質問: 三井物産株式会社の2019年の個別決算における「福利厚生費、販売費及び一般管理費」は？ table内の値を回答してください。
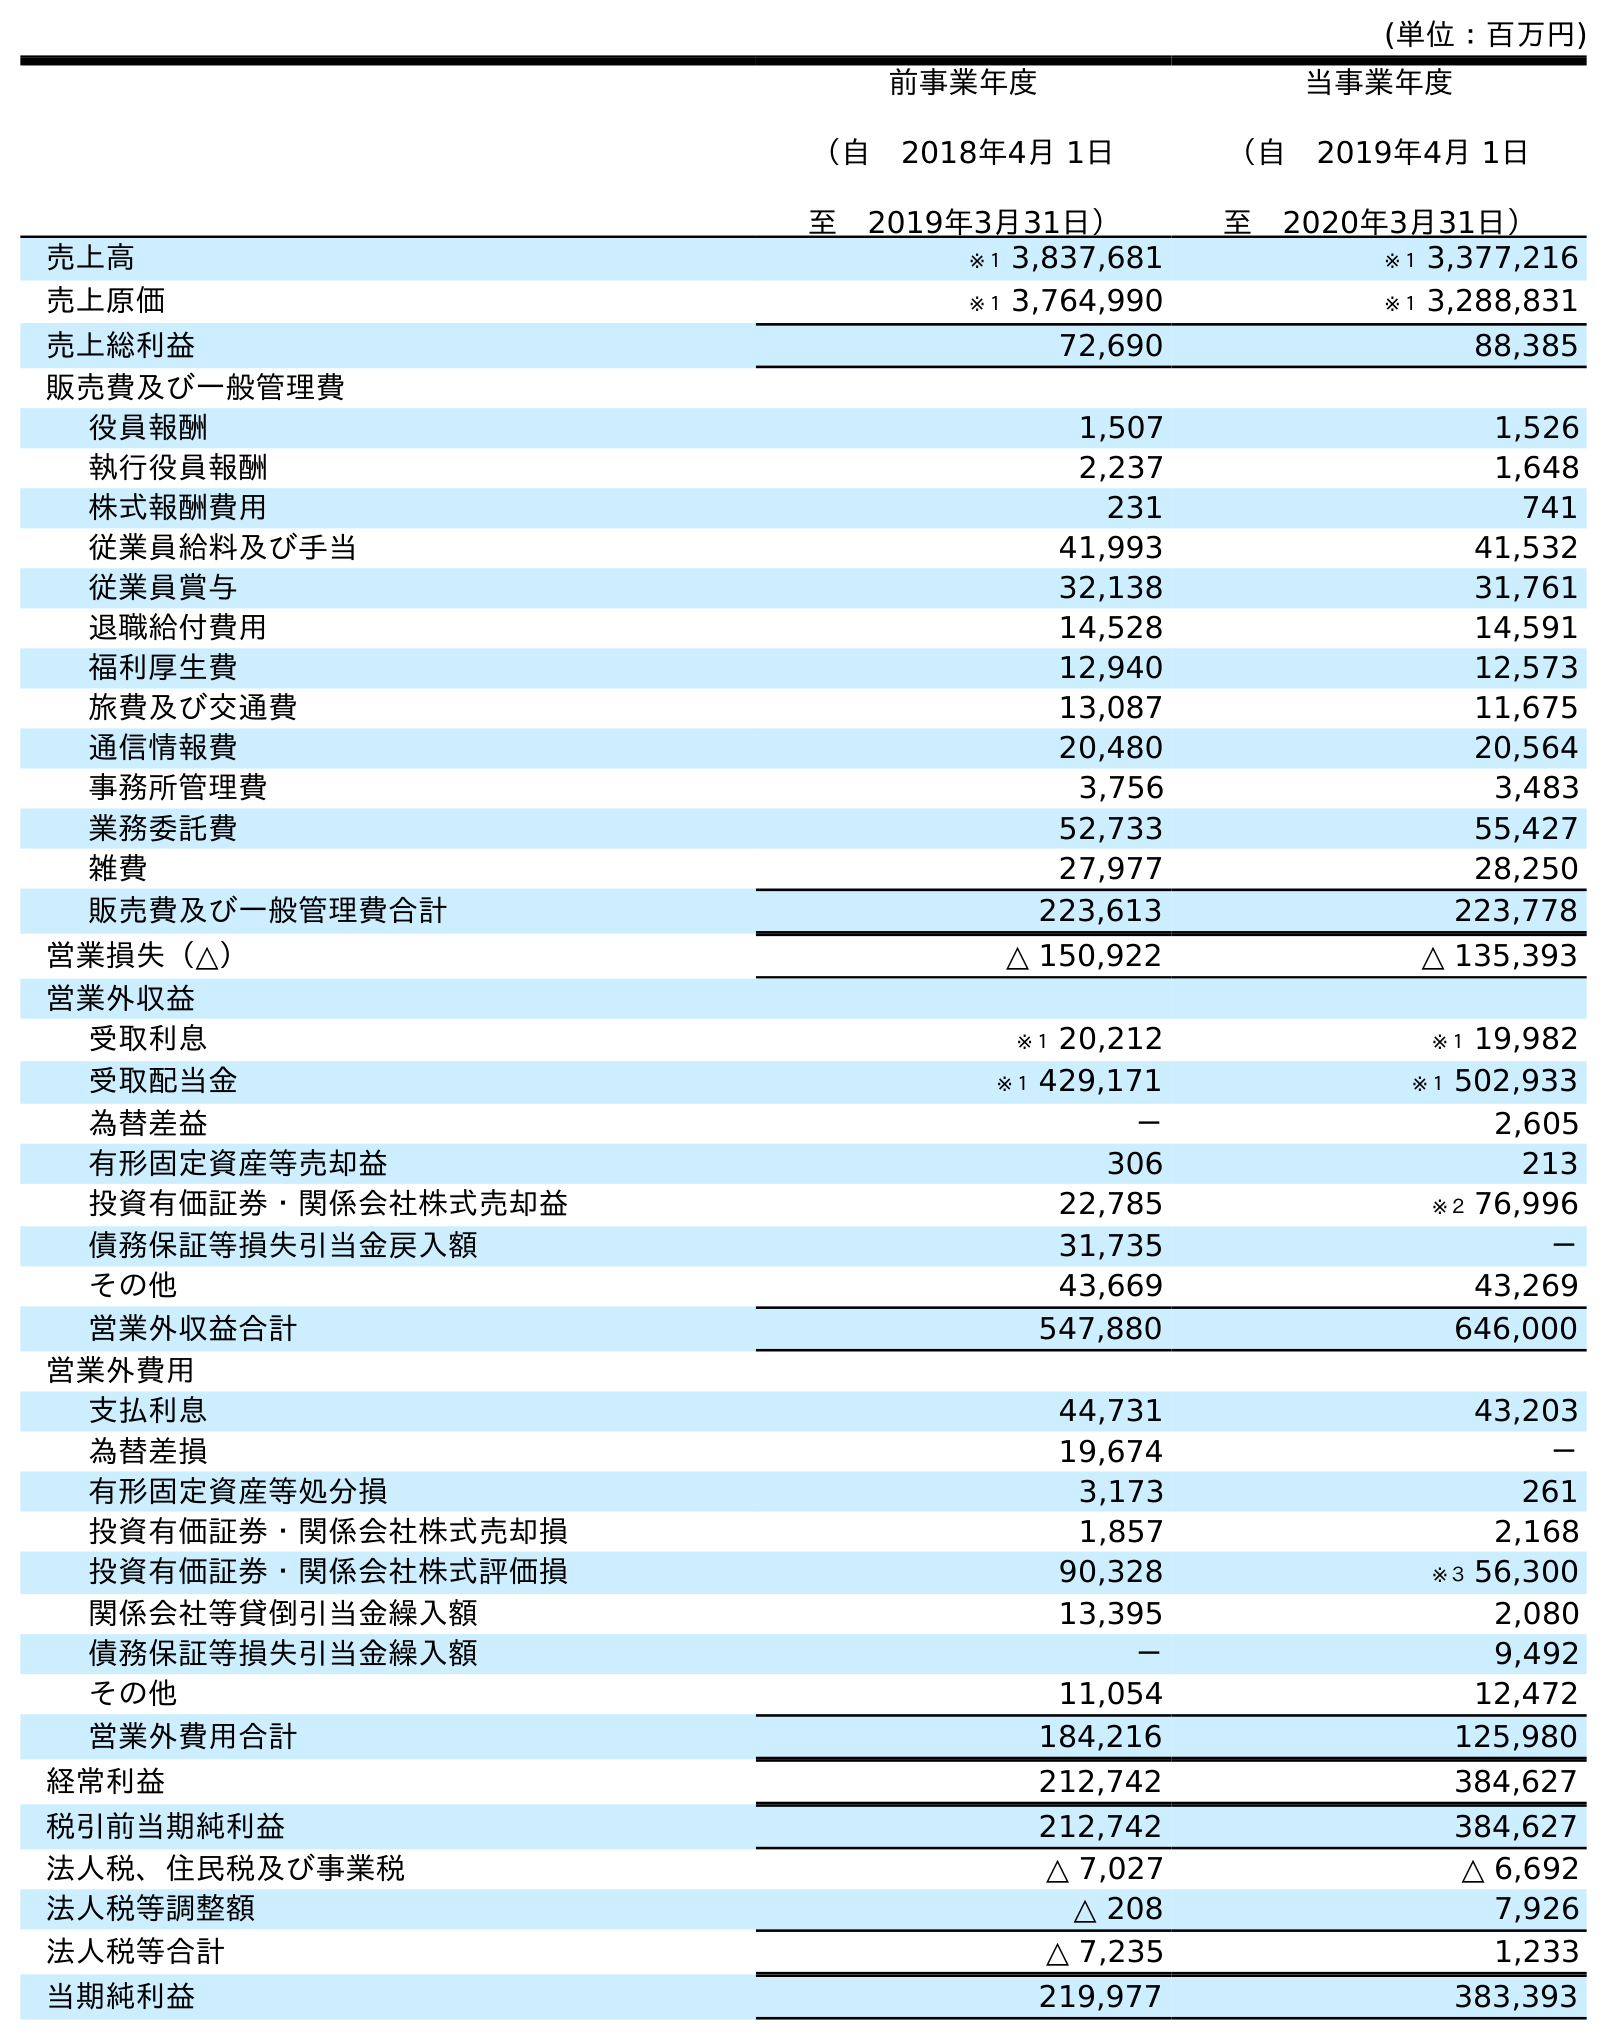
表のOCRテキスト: (単位：百万円) 前事業年度 （自 2018年4月 1日 至 2019年3月31日） 当事業年度 （自 2019年4月 1日 至 2020年3月31日） 売上高 ※１ 3,837,681 ※１ 3,377,216 売上原価 ※１ 3,764,990 ※１ 3,288,831 売上総利益 72,690 88,385 販売費及び一般管理費 役員報酬 1,507 1,526 執行役員報酬 2,237 1,648 株式報酬費用 231 741 従業員給料及び手当 41,993 41,532 従業員賞与 32,138 31,761 退職給付費用 14,528 14,591 福利厚生費 12,940 12,573 旅費及び交通費 13,087 11,675 通信情報費 20,480 20,564 事務所管理費 3,756 3,483 業務委託費 52,733 55,427 雑費 27,977 28,250 販売費及び一般管理費合計 223,613 223,778 営業損失（△） △ 150,922 △ 135,393 営業外収益 受取利息 ※１ 20,212 ※１ 19,982 受取配当金 ※１ 429,171 ※１ 502,933 為替差益 － 2,605 有形固定資産等売却益 306 213 投資有価証券・関係会社株式売却益 22,785 ※２ 76,996 債務保証等損失引当金戻入額 31,735 － その他 43,669 43,269 営業外収益合計 547,880 646,000 営業外費用 支払利息 44,731 43,203 為替差損 19,674 － 有形固定資産等処分損 3,173 261 投資有価証券・関係会社株式売却損 1,857 2,168 投資有価証券・関係会社株式評価損 90,328 ※３ 56,300 関係会社等貸倒引当金繰入額 13,395 2,080 債務保証等損失引当金繰入額 － 9,492 その他 11,054 12,472 営業外費用合計 184,216 125,980 経常利益 212,742 384,627 税引前当期純利益 212,742 384,627 法人税、住民税及び事業税 △ 7,027 △ 6,692 法人税等調整額 △ 208 7,926 法人税等合計 △ 7,235 1,233 当期純利益 219,977 383,393
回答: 12,940